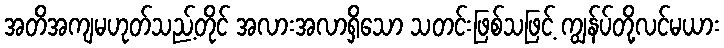
အတိအကျမဟုတ်သည့်တိုင် အလားအလာရှိသော သတင်းဖြစ်သဖြင့် ကျွန်ပ်တို့လင်မယား